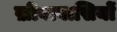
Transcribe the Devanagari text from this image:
ख़ीवावासियों